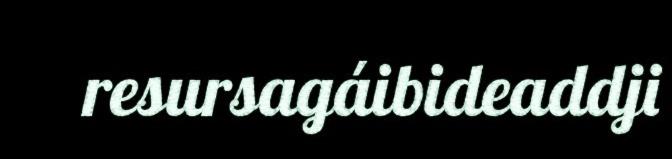
resursagáibideaddji